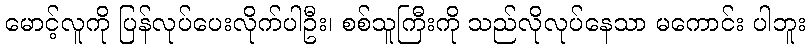
မောင့်လူကို ပြန်လုပ်ပေးလိုက်ပါဦး၊ စစ်သူကြီးကို သည်လိုလုပ်နေသာ မကောင်း ပါဘူး